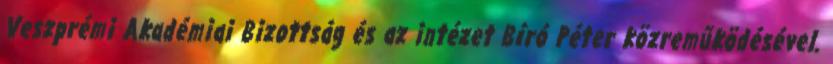
Veszprémi Akadémiai Bizottság és az intézet Bíró Péter közreműködésével.